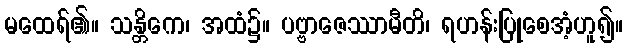
မထေရ်၏။ သန္တိကေ၊ အထံ၌။ ပဗ္ဗာဇေဿာမီတိ၊ ရဟန်းပြုစေအံ့ဟူ၍။